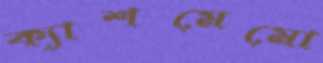
ক্যাশমেমো